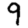
Digit: 9